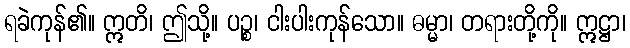
ရခဲကုန်၏။ ဣတိ၊ ဤသို့။ ပဉ္စ၊ ငါးပါးကုန်သော။ ဓမ္မာ၊ တရားတို့ကို။ ဣဋ္ဌာ၊